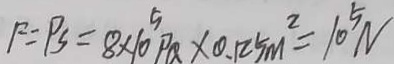
F = P S = 8 \times 1 0 ^ { 5 } P Q \times 0 . 1 2 5 m ^ { 2 } = 1 0 ^ { 5 } N